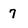
Character: 7